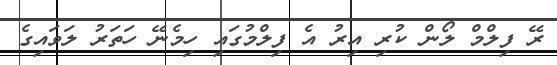
ރޭ ފިލްމް ލޯން ކުރި އިރު އެ ފިލްމުގައި ހިމެނޭ ހަތަރު ލަވައިގެ